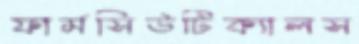
ফার্মসিউটিক্যালস